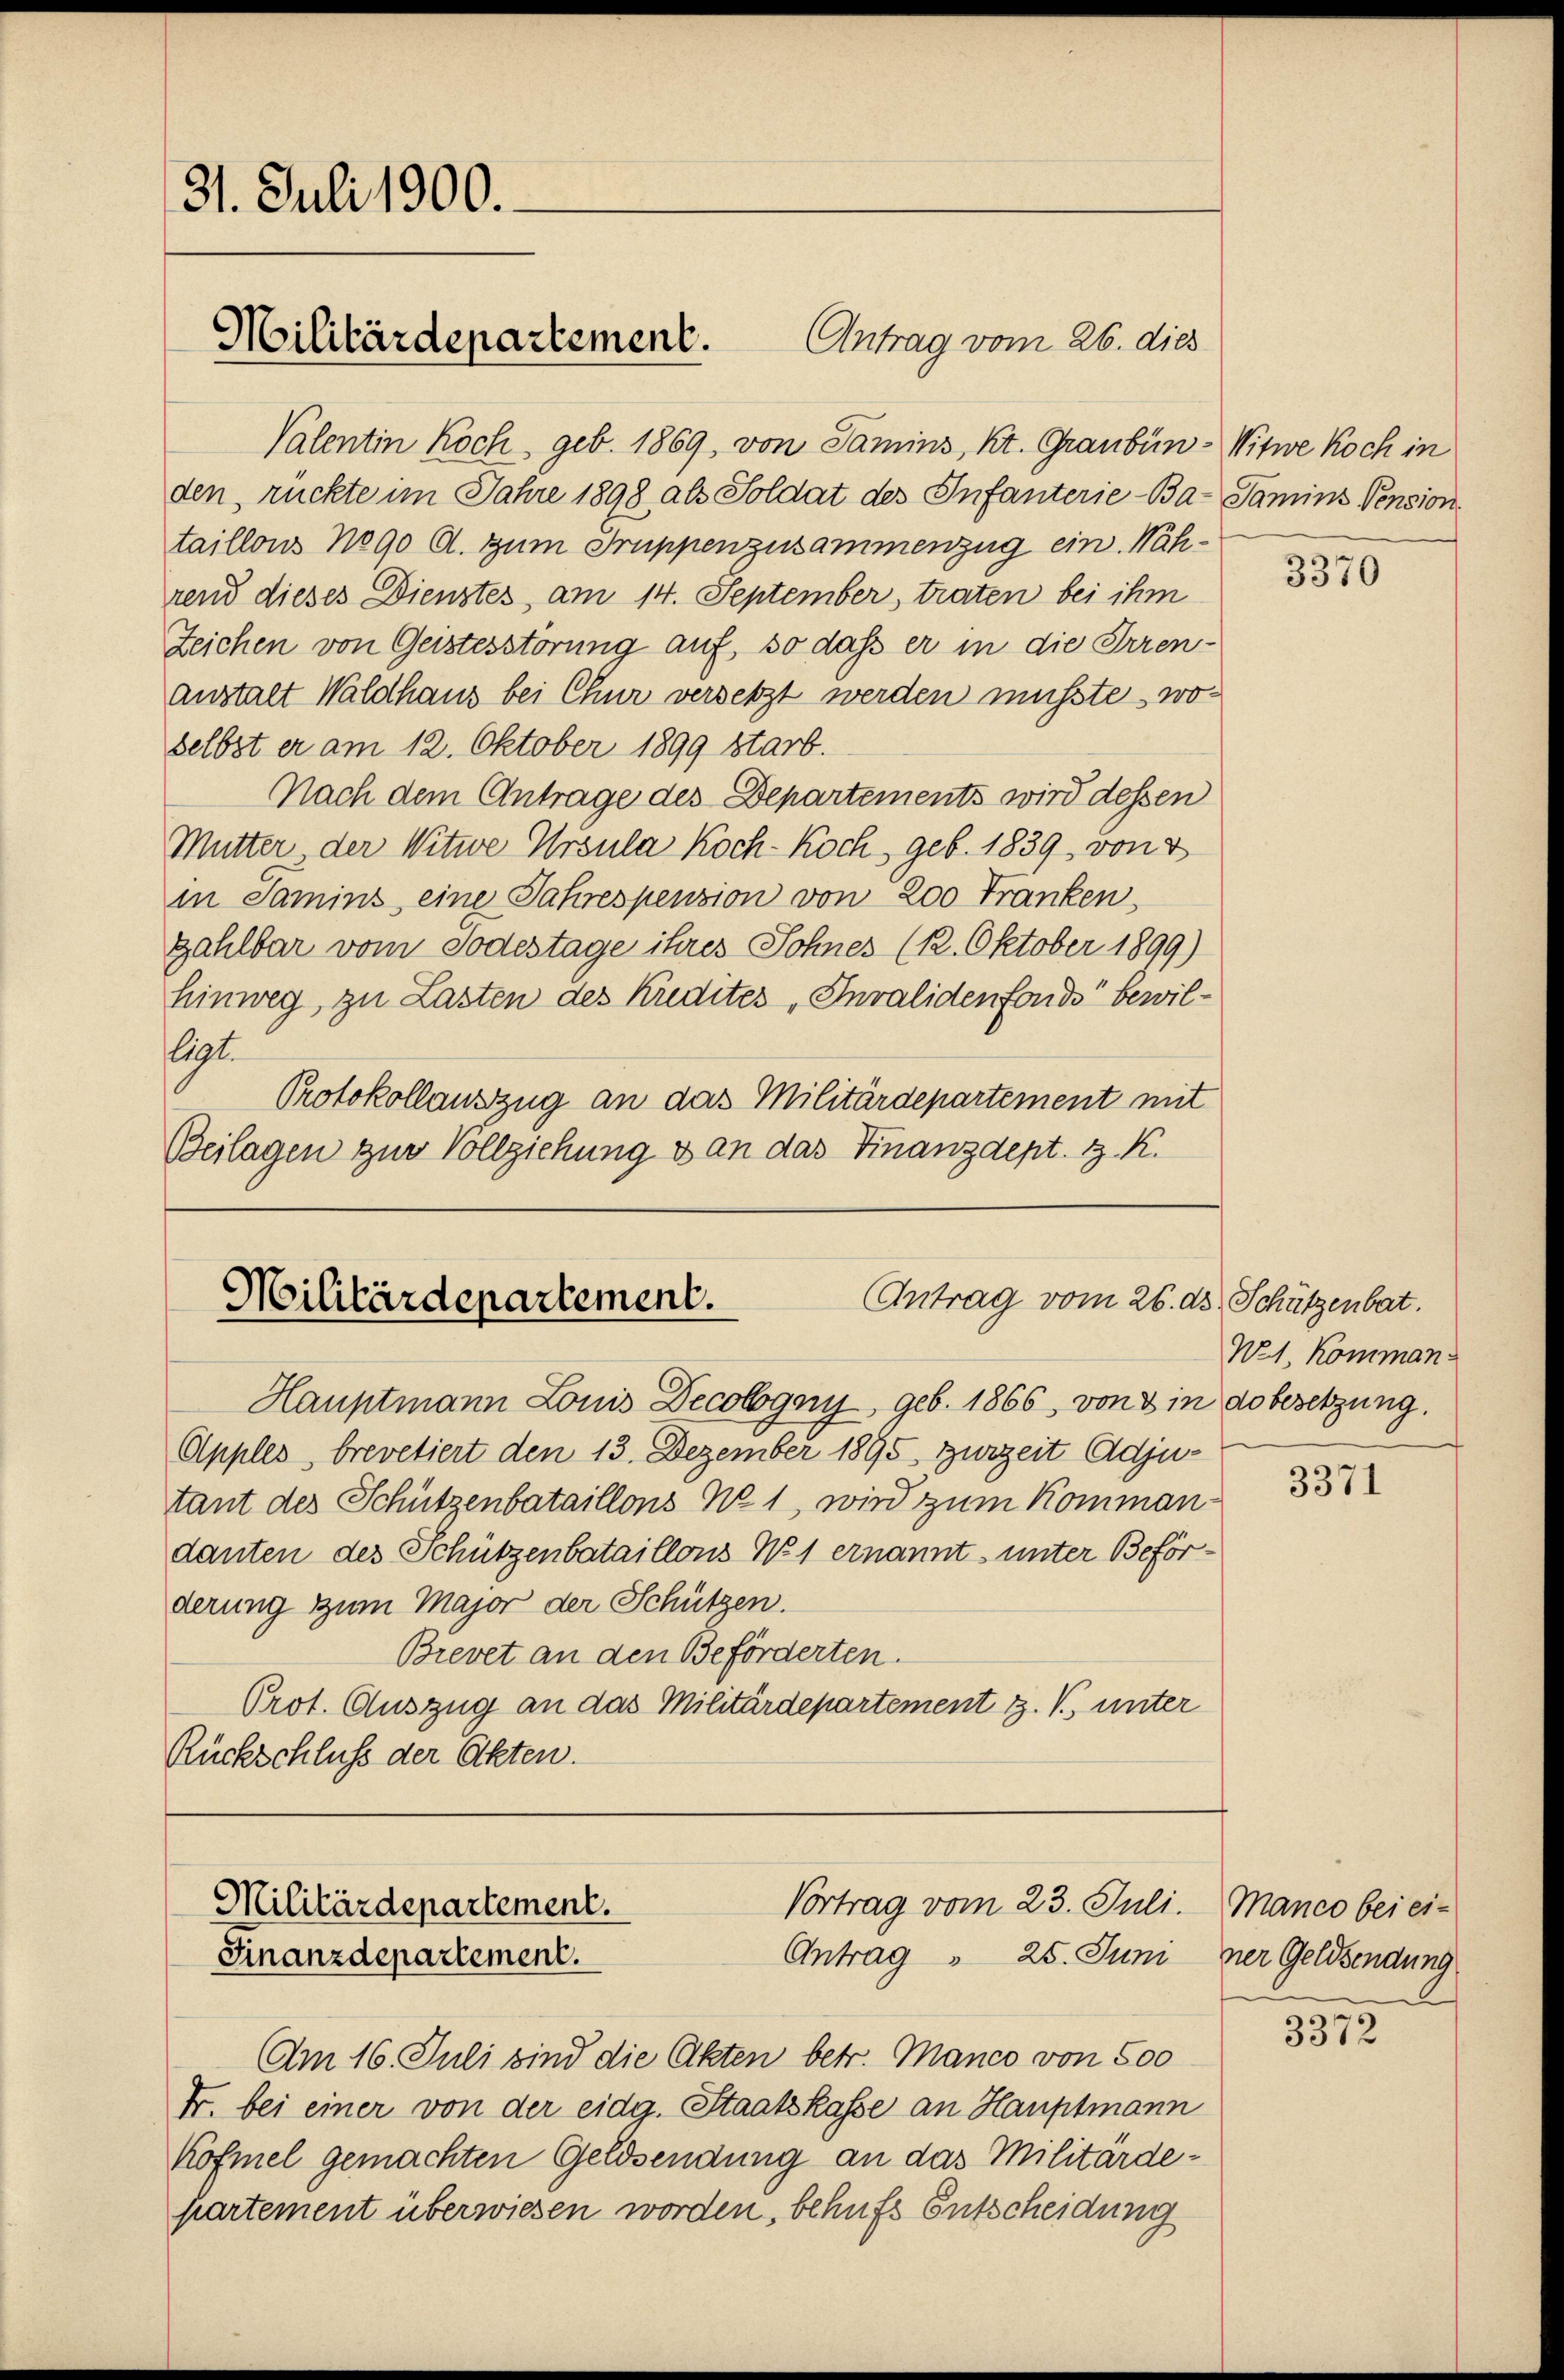
31. Juli 1900.

Valentin Koch geb. 1869, von Samins, Kt. Graubün-Witwe Koch in
den, rückte im Jahre 1898 als Soldat des Infanterie-Ba-Samins Pension.
taillons No 90 Al. zum Truppenzusammenzug ein. Während dieses Dienstes, am 14. September, traten bei ihm
Zeichen von Geistesstörung auf, so daß er in die Irrenanstalt Waldhaus bei Chur versetzt werden musste, woselbst er am 12. Oktober 1899 starb.
Nach dem Antrage des Departements wird dessen
Mutter der Witwe Ursula Koch-Koch, geb. 1839, von 4
in Samins eine Jahrespension von 200 Franken,
zahlbar vom Todestage ihres Sohnes (12. Oktober 1899)
hinweg, zu Lasten des Kredites, Invalidenfonds bewilt
Protokollauszug an das Militärdepartement mit
Beilagen zur Vollziehung & an das Finanzdept. H. K.

Militärdepartement.
Antrag vom 26. dies

Antrag vom 26. ds. Schützenbat.
Militärdepartement.

Vortrag vom 23. Juli.
Militärdepartement.
Antrag " 25. Juni
Finanzdepartement.

Hauptmann Lonis Decolgen, geb. 1866, von 8 in do besetzung.
Apples, brevetiert den 13. Dezember 1895. zurzeit Adjutant des Schützenbataillons No 1, wird zum Kommandanten des Schützenbataillons No 1 ernannt, unter Beförderung zum Major der Schützen.
Brevet an den Beförderten.
Prot. Auszug an das Militärdepartement z. V., unter
Rückschluß der Akten.

Am 16. Juli sind die Akten betr. Manco von 500
Fr. bei einer von der eidg. Staatskasse an Hauptmann
Köfmel gemachten Geldsendung an das Militärdepartement überwiesen worden, behufs Entscheidung

3370

W. 1. Komman¬

3371

Manco bei einer Geldsendung

3372